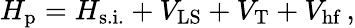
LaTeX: H_{\mathrm{p}}=H_{\mathrm{s.i.}}+V_{\mathrm{LS}}+V_{\mathrm{T}}+V_{\mathrm{hf}}\, ,